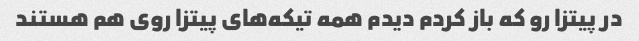
در پیتزا رو که باز کردم دیدم همه تیکه‌های پیتزا روی هم هستند